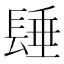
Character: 𨲉